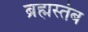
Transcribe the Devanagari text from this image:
ब्रह्मस्तंब